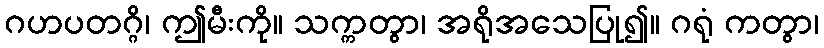
ဂဟပတဂ္ဂိ၊ ဤမီးကို။ သက္ကတွာ၊ အရိုအသေပြု၍။ ဂရုံ ကတွာ၊